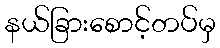
နယ်ခြားစောင့်တပ်မှ